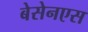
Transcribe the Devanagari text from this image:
बेसेनएस